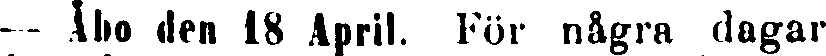
— Åbo den 18 April. För några dagar